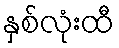
နှစ်လုံးထီ